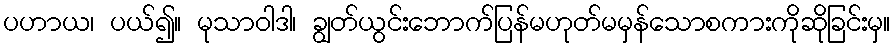
ပဟာယ၊ ပယ်၍။ မုသာဝါဒါ၊ ချွတ်ယွင်းဘောက်ပြန်မဟုတ်မမှန်သောစကားကိုဆိုခြင်းမှ။